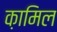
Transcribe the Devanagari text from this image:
क़ामिल